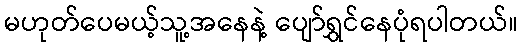
မဟုတ်ပေမယ့်သူ့အနေနဲ့ ပျော်ရွှင်နေပုံရပါတယ်။